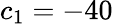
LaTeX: c_{1}=-40